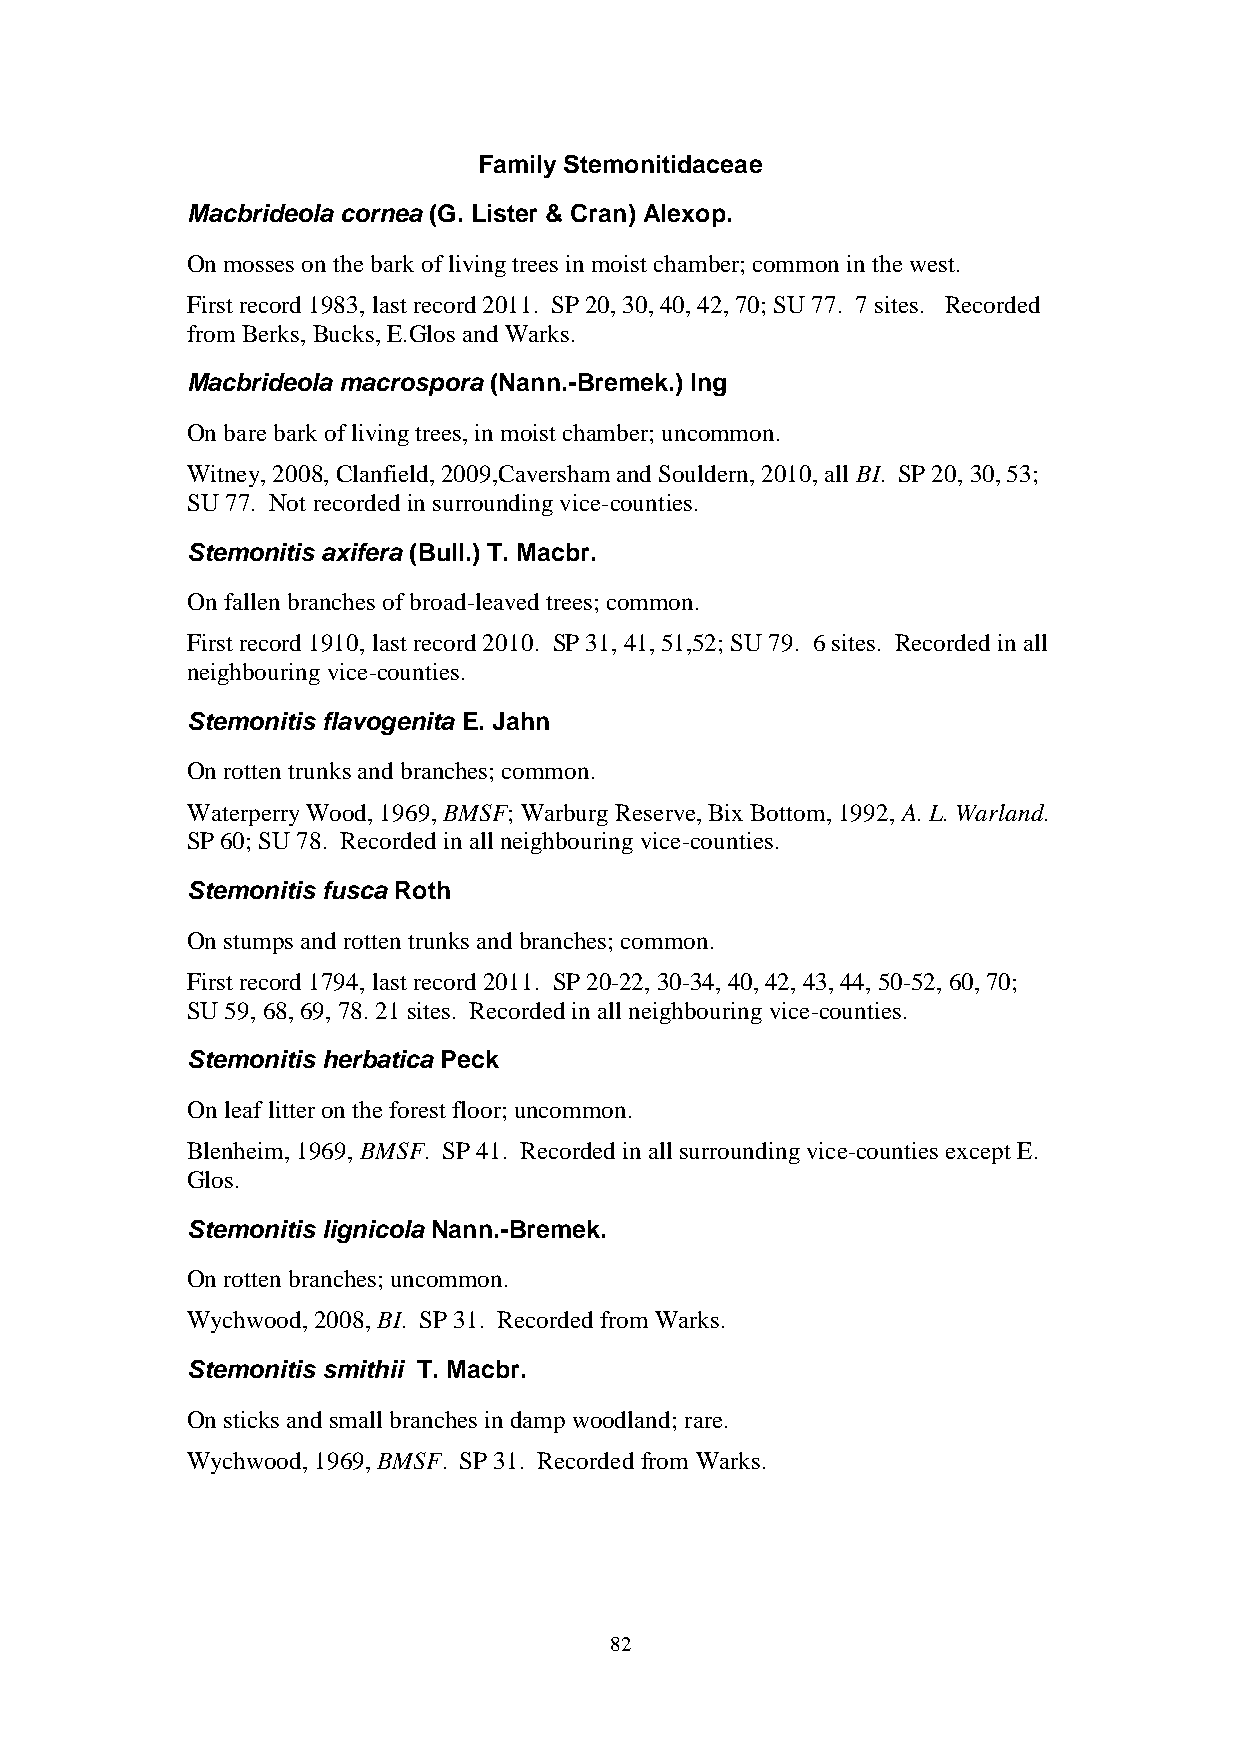
Family Stemonitidaceae
 Macbrideola cornea (G. Lister & Cran) Alexop.
 On mosses on the bark of living trees in moist chamber; common in the west.
 First record 1983, last record 2011. SP 20, 30, 40, 42, 70; SU 77. 7 sites. Recorded
 from Berks, Bucks, E.Glos and Warks.
 Macbrideola macrospora (Nann.-Bremek.) Ing
 On bare bark of living trees, in moist chamber; uncommon.
 Witney, 2008, Clanfield, 2009,Caversham and Souldern, 2010, all BI. SP 20, 30, 53;
 SU 77. Not recorded in surrounding vice-counties.
 Stemonitis axifera (Bull.) T. Macbr.
 On fallen branches of broad-leaved trees; common.
 First record 1910, last record 2010. SP 31, 41, 51,52; SU 79. 6 sites. Recorded in all
 neighbouring vice-counties.
 Stemonitis flavogenita E. Jahn
 On rotten trunks and branches; common.
 Waterperry Wood, 1969, BMSF; Warburg Reserve, Bix Bottom, 1992, A. L. Warland.
 SP 60; SU 78. Recorded in all neighbouring vice-counties.
 Stemonitis fusca Roth
 On stumps and rotten trunks and branches; common.
 First record 1794, last record 2011. SP 20-22, 30-34, 40, 42, 43, 44, 50-52, 60, 70;
 SU 59, 68, 69, 78. 21 sites. Recorded in all neighbouring vice-counties.
 Stemonitis herbatica Peck
 On leaf litter on the forest floor; uncommon.
 Blenheim, 1969, BMSF. SP 41. Recorded in all surrounding vice-counties except E.
 Glos.
 Stemonitis lignicola Nann.-Bremek.
 On rotten branches; uncommon.
 Wychwood, 2008, BI. SP 31. Recorded from Warks.
 Stemonitis smithii T. Macbr.
 On sticks and small branches in damp woodland; rare.
 Wychwood, 1969, BMSF. SP 31. Recorded from Warks.
 82